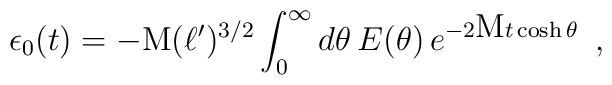
\epsilon_{0}(t)=-\textrm{M} (\ell')^{3/2} \int_{0}^{\infty} d\theta\, E(\theta)\,e^{-2 \textrm{M} t \cosh\theta}\,\,\,,